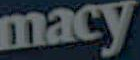
macy